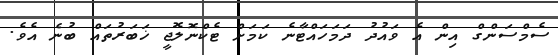
ސެމްސަންގް އިން އެ ވައުދު ދަމަހައްޓާނެ ކަމަށް ޓެކްނޮލޮޖީ ޚަަބަރުތައް ބުނެ އެވެ.